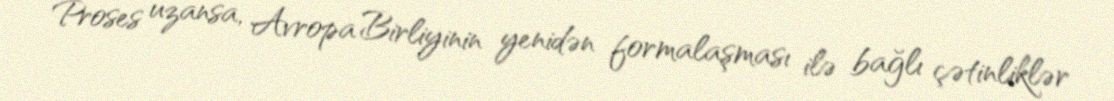
Proses uzansa, Avropa Birliyinin yenidən formalaşması ilə bağlı çətinliklər